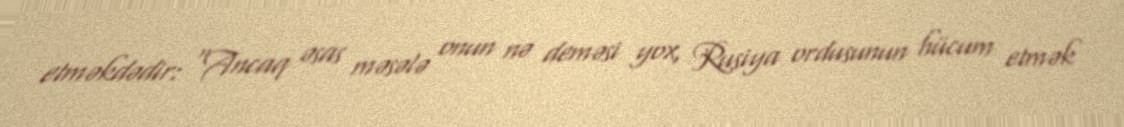
etməkdədir: “Ancaq əsas məsələ onun nə deməsi yox, Rusiya ordusunun hücum etmək